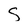
Character: S